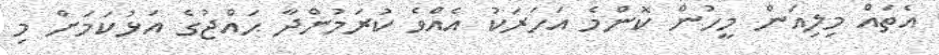
އެތައް މިލިއަން މީހުން ކޮންމެ އަހަރަކު އެއްވެ ކުރަމުންދާ ޙައްޖުގެ އަޅުކަމަށް މި